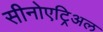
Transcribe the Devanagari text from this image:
सीनोएट्रिअल